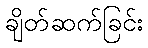
ချိတ်ဆက်ခြင်း